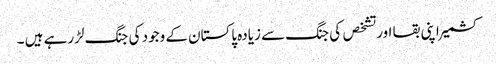
کشمیر اپنی بقا اور تشخص کی جنگ سے زیادہ پاکستان کے وجود کی جنگ لڑرہے ہیں ۔